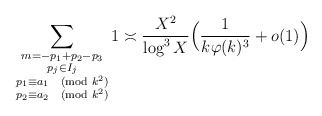
\begin{align*}\sum_{\substack{m = -p_1 + p_2 - p_3 \\ p_j \in I_j \\ p_1 \equiv a_1 \pmod{k^2} \\ p_2 \equiv a_2 \pmod{k^2}}} 1 \asymp \frac{X^2}{\log^3 X} \Big ( \frac{1}{k \varphi(k)^3} + o(1) \Big ) \end{align*}